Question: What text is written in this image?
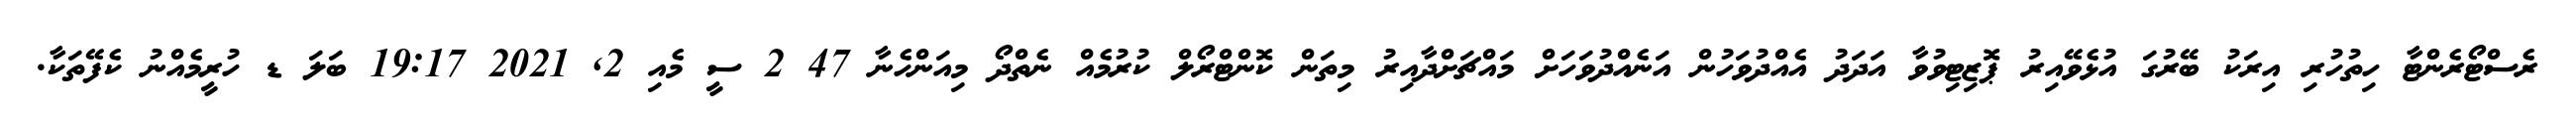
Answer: ރެސްޓޯރެންޓާ ހިތުހުރި އިރަކު ބޭރުގަ އުޅެވޭއިރު ޕޮޒިޓިވުވާ އަދަދު އެއްދުވަހުން އަނެއްދުވަހަށް މައްޗަށްދާއިރު މިތަން ކޮންޓްރޯލް ކުރުމެއް ނެތްދޯ މިއަންހެނާ 47 2 ސީ މެއި 2, 2021 19:17 ބަލަ ޑ ހުރީމެއްނު ކެފޭތަކާ.